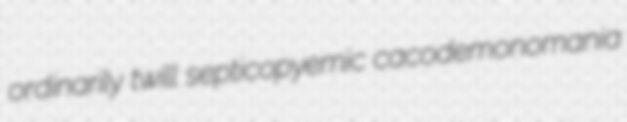
ordinarily twill septicopyemic cacodemonomania